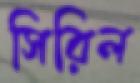
সিরিল